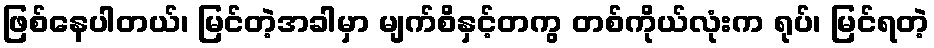
ဖြစ်နေပါတယ်၊ မြင်တဲ့အခါမှာ မျက်စိနှင့်တကွ တစ်ကိုယ်လုံးက ရုပ်၊ မြင်ရတဲ့